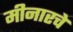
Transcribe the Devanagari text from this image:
मीनारचे